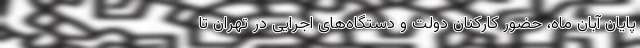
پایان آبان ماه، حضور کارکنان دولت و دستگاه‌های اجرایی در تهران تا